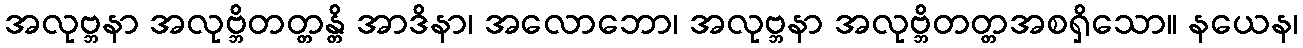
အလုဗ္ဘနာ အလုဗ္ဘိတတ္တန္တိ အာဒိနာ၊ အလောဘော၊ အလုဗ္ဘနာ အလုဗ္ဘိတတ္တအစရှိသော။ နယေန၊